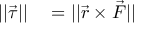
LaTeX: \begin{array} { r l } { | | { \vec { \tau } } | | } & { { } = | | { \vec { r } } \times { \vec { F } } | | } \end{array}